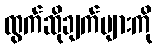
ထွက်ဆိုချက်များကို